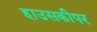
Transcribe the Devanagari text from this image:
हाउसकीपर